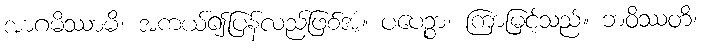
အာဂမိဿာမိ၊ အကယ်၍ပြန်လည်ဖြစ်အံ့။ ပပေဉ္စာ၊ ကြာမြင့်သည်။ ဘဝိဿတိ၊